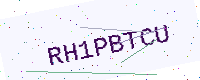
Text: RH1PBTCU